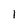
Character: l